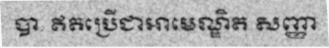
បា. ឥតប្រើជាអាមេណ្ឌិត សញ្ញា